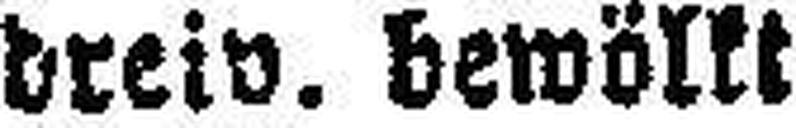
dreiv. bewölkt